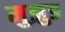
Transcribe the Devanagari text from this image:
मुझुङ